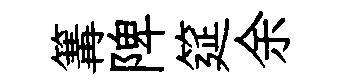
篝陴筵余